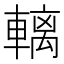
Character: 𲄼